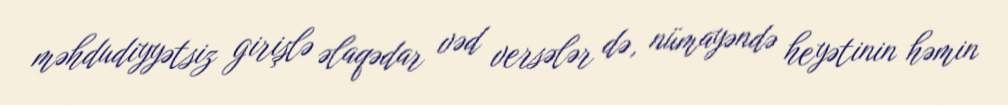
məhdudiyyətsiz girişlə əlaqədar vəd versələr də, nümayəndə heyətinin həmin